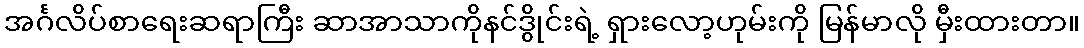
အင်္ဂလိပ်စာရေးဆရာကြီး ဆာအာသာကိုနင်ဒွိုင်းရဲ့ ရှားလော့ဟုမ်းကို မြန်မာလို မှီးထားတာ။